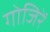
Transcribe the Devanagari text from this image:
गोजिरें